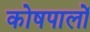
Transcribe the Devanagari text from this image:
कोषपालों